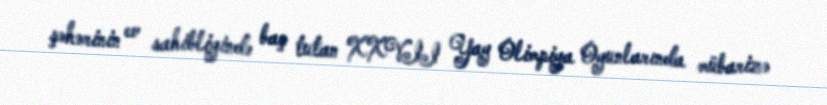
şəhərinin ev sahibliyində baş tutan XXVII Yay Olimpiya Oyunlarında mübarizə